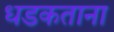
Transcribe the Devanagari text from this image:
धडकताना